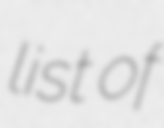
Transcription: list of